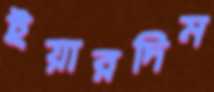
ইয়ারদিম